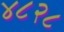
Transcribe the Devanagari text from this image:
४८२८